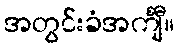
အတွင်းခံအင်္ကျီ။